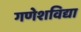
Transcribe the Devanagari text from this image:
गणेशविद्या